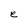
Character: e